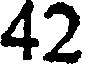
42